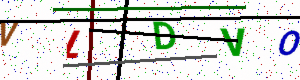
Text: VLDVO